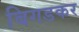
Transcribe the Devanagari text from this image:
बिगडकर